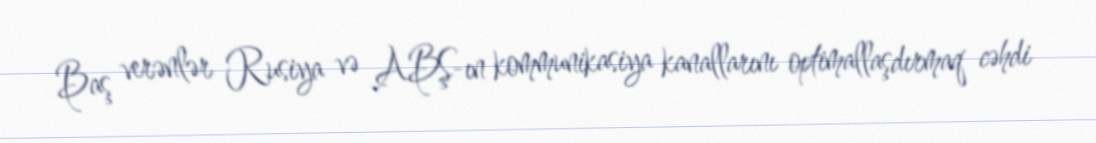
Baş verənlər Rusiya və ABŞ-ın kommunikasiya kanallarını optimallaşdırmaq cəhdi